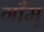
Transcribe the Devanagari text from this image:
गाँम्